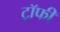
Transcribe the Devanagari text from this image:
ट्राॅफी